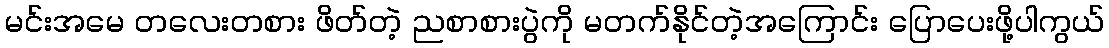
မင်းအမေ တလေးတစား ဖိတ်တဲ့ ညစာစားပွဲကို မတက်နိုင်တဲ့အကြောင်း ပြောပေးဖို့ပါကွယ်